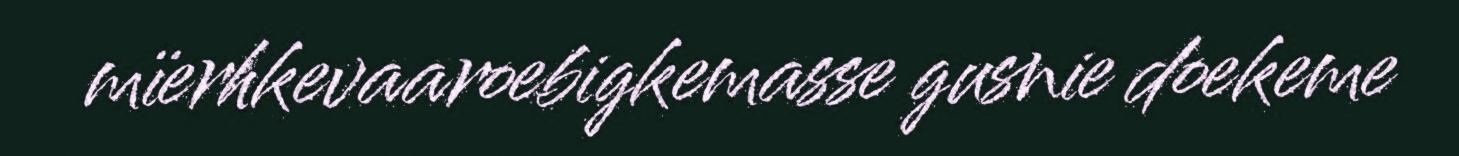
mïerhkevaaroebigkemasse gusnie doekeme